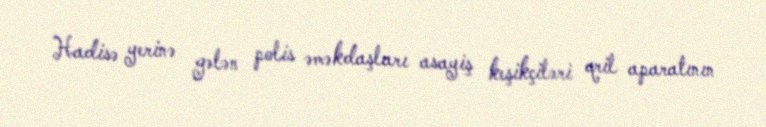
Hadisə yerinə gələn polis əməkdaşları asayiş keşikçiləri qril aparatının